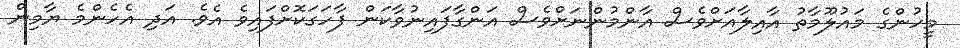
މީހުންގެ މައުލޫމާތު އާއިލާއަށްވެސް އާންމުންނަށްވެސް އަންގާފައިނުވާކަން ފާހަގަކޮށްފައިވެ އެވެ. އަދި އެހެންމެ ޔާމިން